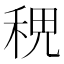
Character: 𥞷